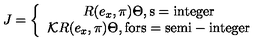
J = \left\{ \begin{array} { c } { R ( e _ { x } , \pi ) \Theta , \mathrm { s = i n t e g e r } } \\ { { \cal K } R ( e _ { x } , \pi ) \Theta , \mathrm { f o r s = s e m i - i n t e g e r } } \\ \end{array} \right.